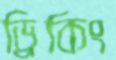
ড্রিকিং